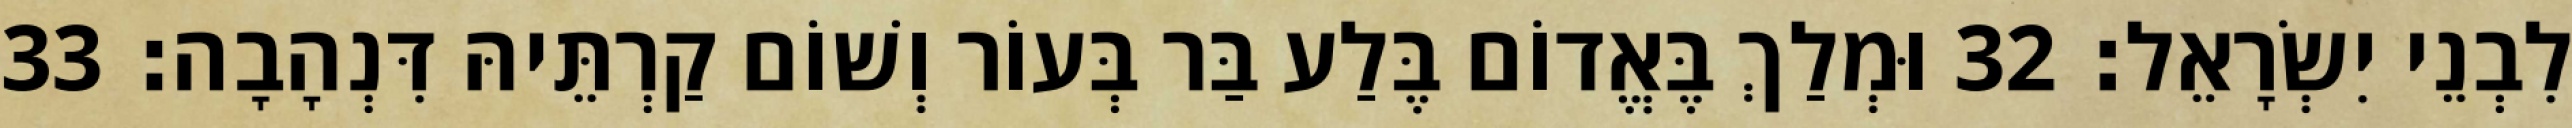
לִבְנֵי יִשְׂרָאֵל׃ 32 וּמְלַךְ בֶּאֱדוֹם בֶּלַע בַּר בְּעוֹר וְשׁוֹם קַרְתֵּיהּ דִּנְהָבָה׃ 33